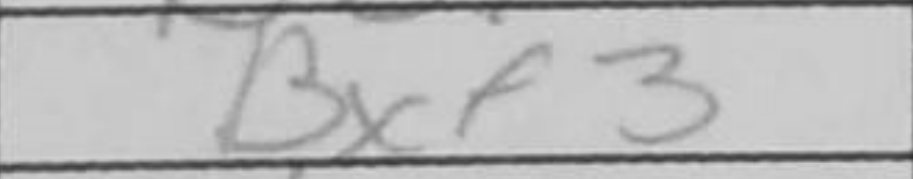
Transcription: Bxf3